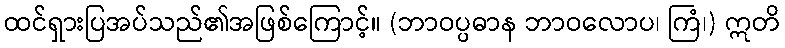
ထင်ရှားပြအပ်သည်၏အဖြစ်ကြောင့်။ (ဘာဝပ္ပဓာန ဘာဝလောပ၊ ကြံ၊) ဣတိ